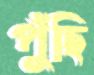
পুঁছি